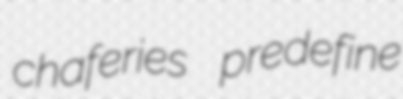
chaferies predefine